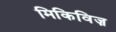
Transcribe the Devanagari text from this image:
मिकिविज़